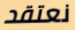
نعتقد